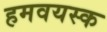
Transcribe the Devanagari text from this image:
हमवयस्क